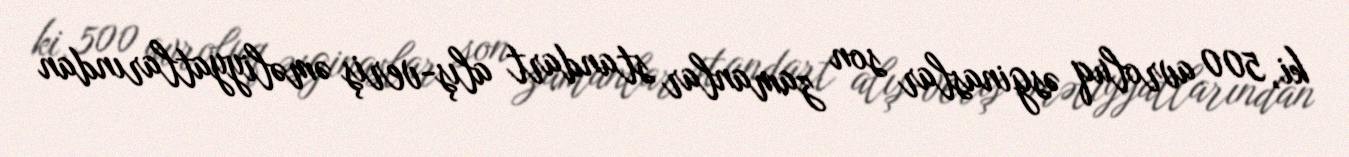
ki, 500 avroluq əsginaslar son zamanlar standart alış-veriş əməliyyatlarından